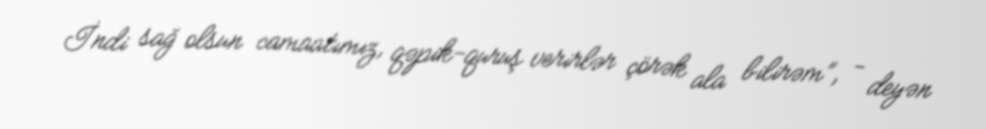
İndi sağ olsun camaatımız, qəpik-quruş verirlər çörək ala bilirəm”, - deyən